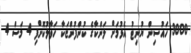
3000 ހައުސިން ޔުނިޓު އެޅުމަށް ލަންކާގެ ކުންފުންޏަކާ ހަވާލުކޮށްފި 4 މަސް 4